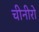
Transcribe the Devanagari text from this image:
चीनीरो